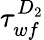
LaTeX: \tau_{wf}^{D_{2}}